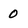
Character: 0